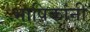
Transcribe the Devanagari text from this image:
भाषिकांनी